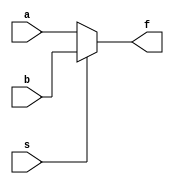
module mux_2to1_32bit (a,b,s,f);
input [31:0] a,b; 
input s; 
output [31:0] f;
assign f = s ? b : a;
endmodule